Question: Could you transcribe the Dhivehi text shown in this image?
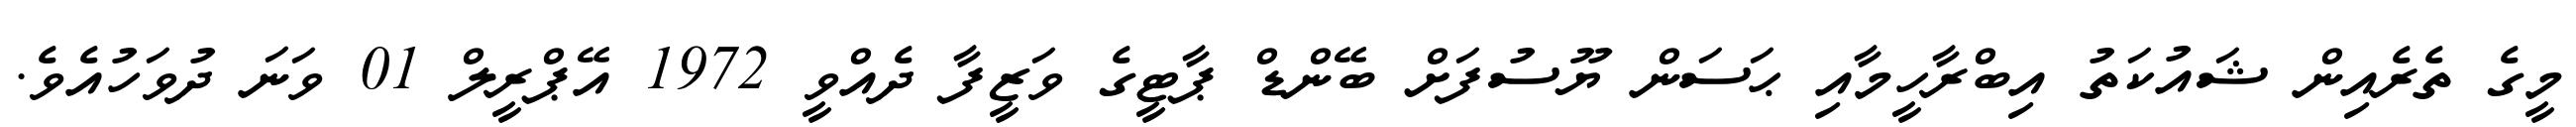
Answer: މީގެ ތެރެއިން ޝައުކަތު އިބްރާހީމާއި ޙަސަން ޔޫސުފަށް ބޭންޑް ޕާޓީގެ ވަޒީފާ ދެއްވީ 1972 އޭޕްރީލް 01 ވަނަ ދުވަހުއެވެ.